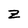
Character: z